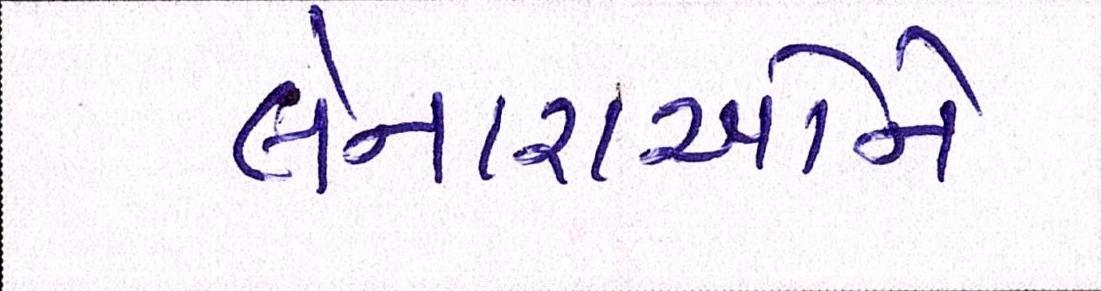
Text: લેનારાઓને